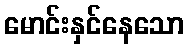
မောင်းနှင်နေသော